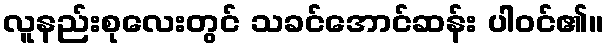
လူနည်းစုလေးတွင် သခင်အောင်ဆန်း ပါဝင်၏။